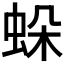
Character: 𧊶